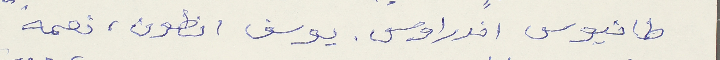
طانيوس اندراوس. يوسف انطون، نعمه